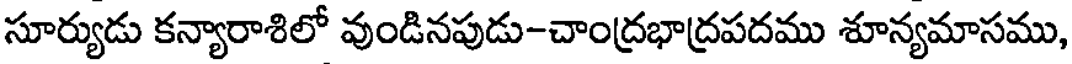
సూర్యుడు కన్యారాశిలో వుండినపుడు-చాంద్రభాద్రపదము శూన్యమాసము,